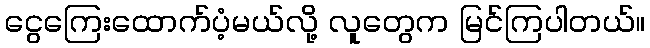
ငွေကြေးထောက်ပံ့မယ်လို့ လူတွေက မြင်ကြပါတယ်။